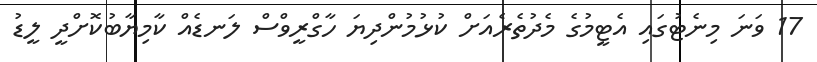
17 ވަނަ މިނެޓުގައި އެޓީމުގެ މެދުތެރެއަށް ކުޅުމުންދިޔަ ހާގްރީވްސް ލަނޑެއް ކާމިޔާބުކޮށްދީ ލީޑު